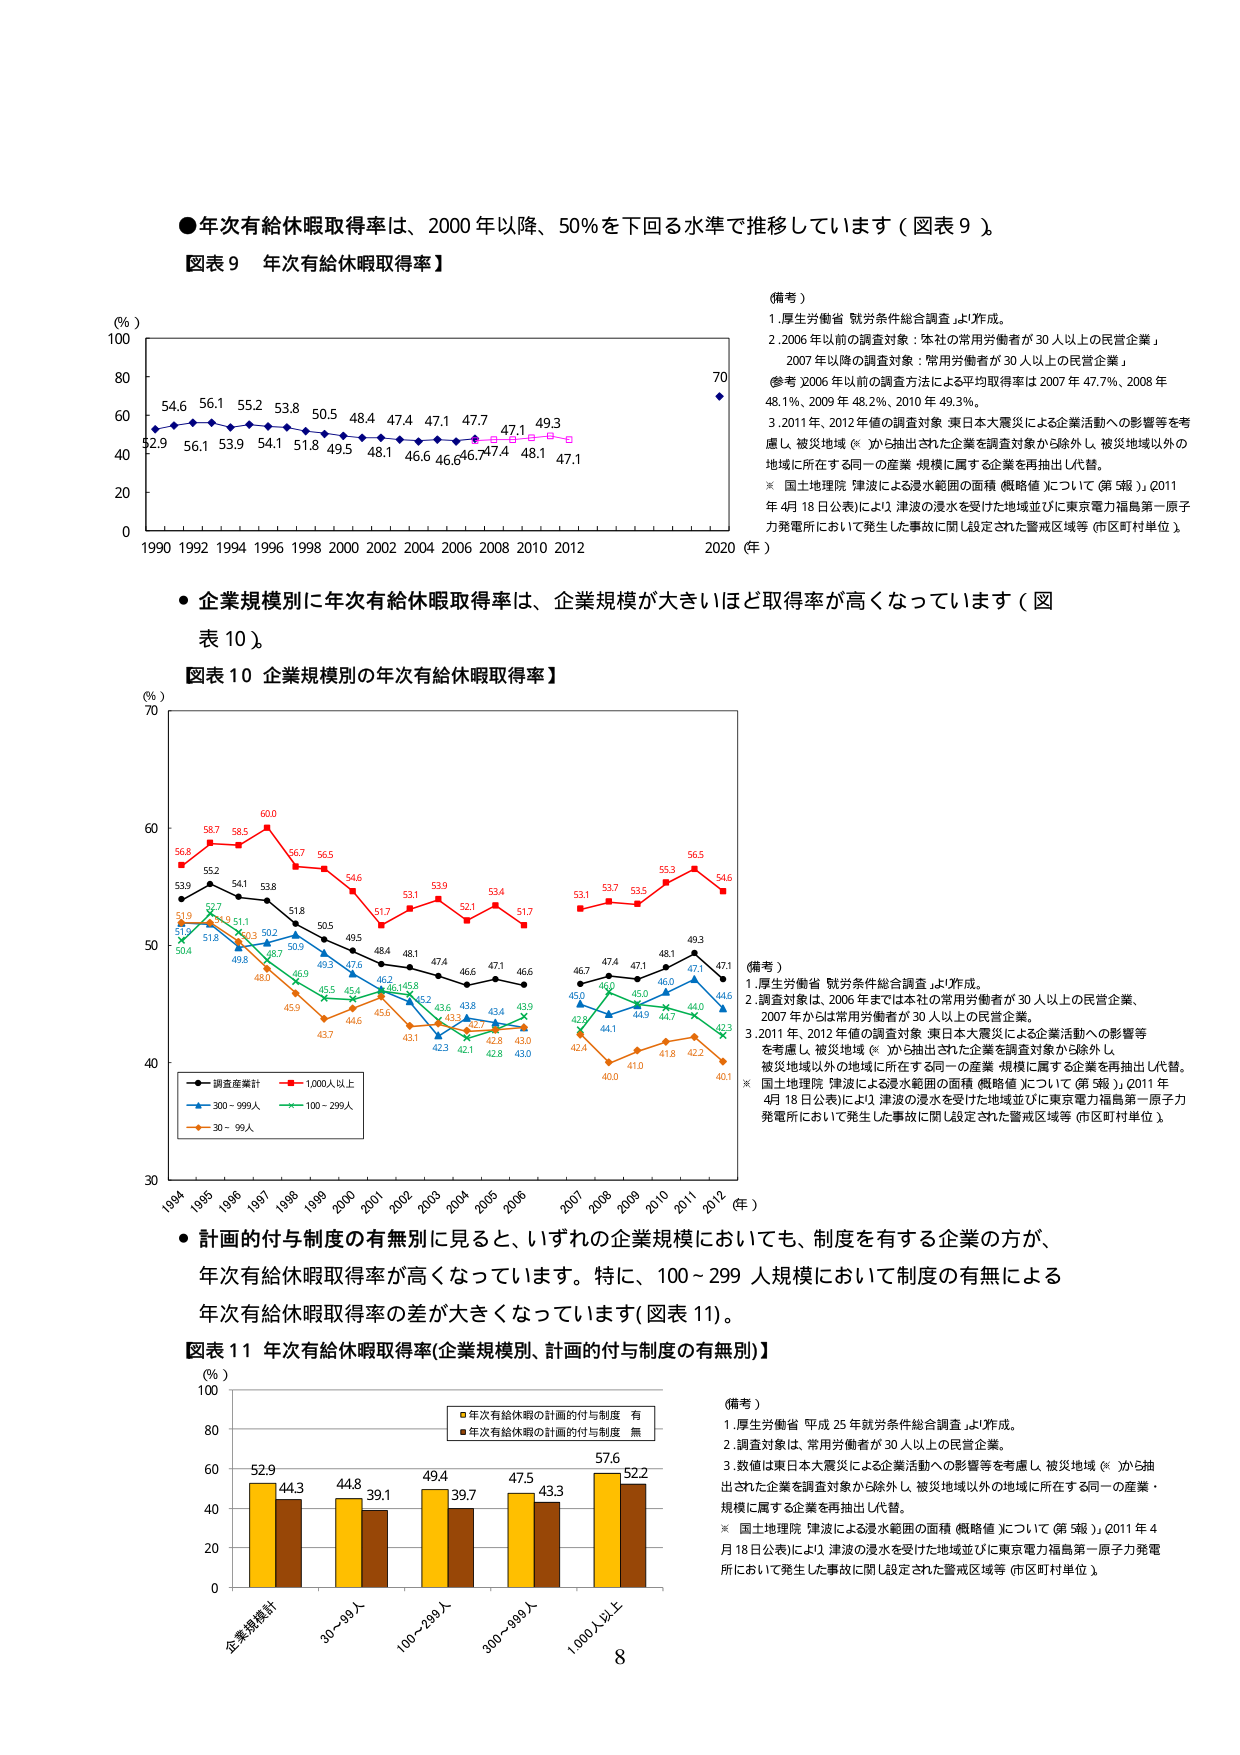
●年次有給休暇取得率は、2000年以降、50％を下回る水準で推移しています（図表9）。

図表9 年次有給休暇取得率】

（％）
100
80
60
40
20
0
1990 1992 1994 1996 1998 2000 2002 2004 2006 2008 2010 2012 2020（年）

54.6 56.1 55.2 53.8 50.5 48.4 47.4 47.1 47.7 47.1 49.3
52.9 56.1 53.9 54.1 51.8 49.5 48.1 46.6 46.6 47.4 48.1 47.1

（備考）
1. 厚生労働省「就労条件総合調査」より作成。
2. 2006年以前の調査対象：本社の常用労働者が30人以上の民営企業。
2007年以降の調査対象：常用労働者が30人以上の民営企業。
（参考）2006年以前の調査方法による平均取得率は2007年47.7％、2008年48.1％、2009年48.2％、2010年49.3％。
3. 2011年、2012年値の調査対象：東日本大震災による企業活動への影響等を考慮し、被災地域（※）から抽出された企業を調査対象から除外し、被災地域以外の地域に所在する同一の産業・規模に属する企業を再抽出し代替。
※ 国土地理院「津波による浸水範囲の面積（概略値）について（第5報）」（2011年4月18日公表）により、津波の浸水を受けた地域並びに東京電力福島第一原子力発電所において発生した事故に関し設定された警戒区域等（市区町村単位）。

・企業規模別に年次有給休暇取得率は、企業規模が大きいほど取得率が高くなっています（図表10）。

図表10 企業規模別の年次有給休暇取得率】

（％）
70
60
50
40
30
1994 1995 1996 1997 1998 1999 2000 2001 2002 2003 2004 2005 2006 2007 2008 2009 2010 2011 2012（年）

56.8 58.7 58.5 60.0 56.7 56.5 54.6 51.7 53.1 53.9 52.1 51.7
53.9 55.2 54.1 53.8 51.8 50.5 49.5 48.4 48.1 47.4 46.6 47.1 46.6
51.9 52.7 51.1 50.3 50.2 49.3 47.6 46.2 45.8 45.2 43.8 43.4 43.9
51.9 51.8 49.8 48.7 50.9 45.5 45.4 45.6 43.1 42.3 42.1 42.8 43.0
50.4 48.0 46.9 45.9 43.7 44.6 45.6 43.1 42.3 42.1 42.8 43.0

■調査産業計 ■1,000人以上
■300～999人 ■100～299人
■30～99人

（備考）
1. 厚生労働省「就労条件総合調査」より作成。
2. 調査対象は、2006年までは本社の常用労働者が30人以上の民営企業、2007年からは常用労働者が30人以上の民営企業。
3. 2011年、2012年値の調査対象：東日本大震災による企業活動への影響等を考慮し、被災地域（※）から抽出された企業を調査対象から除外し、被災地域以外の地域に所在する同一の産業・規模に属する企業を再抽出し代替。
※ 国土地理院「津波による浸水範囲の面積（概略値）について（第5報）」（2011年4月18日公表）により、津波の浸水を受けた地域並びに東京電力福島第一原子力発電所において発生した事故に関し設定された警戒区域等（市区町村単位）。

・計画的付与制度の有無別に見ると、いずれの企業規模においても、制度を有する企業の方が、年次有給休暇取得率が高くなっています。特に、100～299人規模において制度の有無による年次有給休暇取得率の差が大きくなっています（図表11）。

図表11 年次有給休暇取得率（企業規模別、計画的付与制度の有無別）】

（％）
100
80
60
40
20
0

企業規模計 30～99人 100～299人 300～999人 1,000人以上

52.9 44.3 44.8 39.1 49.4 39.7 47.5 43.3 57.6 52.2

■年次有給休暇の計画的付与制度 有
■年次有給休暇の計画的付与制度 無

（備考）
1. 厚生労働省「平成25年就労条件総合調査」より作成。
2. 調査対象は、常用労働者が30人以上の民営企業。
3. 数値は東日本大震災による企業活動への影響等を考慮し、被災地域（※）から抽出された企業を調査対象から除外し、被災地域以外の地域に所在する同一の産業・規模に属する企業を再抽出し代替。
※ 国土地理院「津波による浸水範囲の面積（概略値）について（第5報）」（2011年4月18日公表）により、津波の浸水を受けた地域並びに東京電力福島第一原子力発電所において発生した事故に関し設定された警戒区域等（市区町村単位）。

8